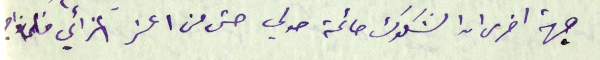
جهة اخرى ان الشكوك حائمة حولي حتى من اعز اعزائي فلماذا ؟